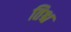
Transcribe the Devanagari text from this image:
तिश्च